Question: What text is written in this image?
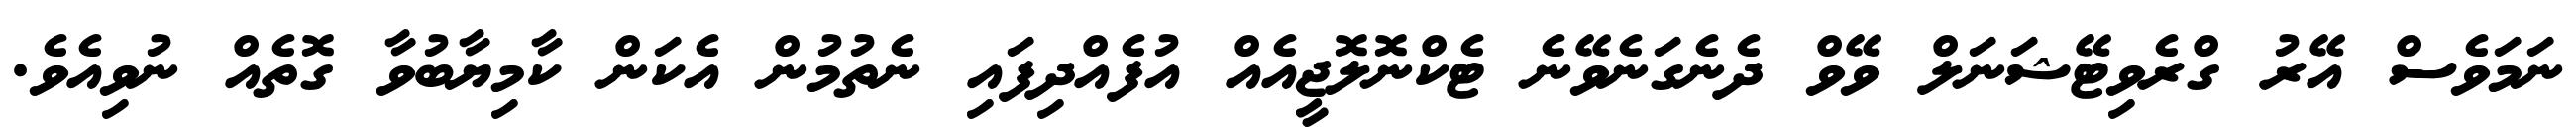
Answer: ނަމަވެސް އޭރު ގްރެވިޓޭޝަނަލް ވޭވް ދެނެގަނެވޭނެ ޓެކްނޮލޮޖީއެއް އުފެއްދިފައި ނެތުމުން އެކަން ކާމިޔާބުވާ ގޮތެއް ނުވިއެވެ.